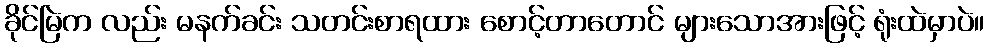
ခိုင်မြဲက လည်း မနက်ခင်း သတင်းစာရထား စောင့်တာတောင် များသောအားဖြင့် ရုံးထဲမှာပဲ။